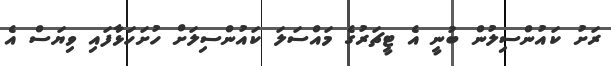
ރަށު ކައުންސިލުން ބުނީ އެ ޓީޗަރުގެ މައްސަލަ ކައުންސިލަށް ހުށަހަޅާފައި ވިޔަސް އެ